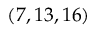
( 7 , 1 3 , 1 6 )